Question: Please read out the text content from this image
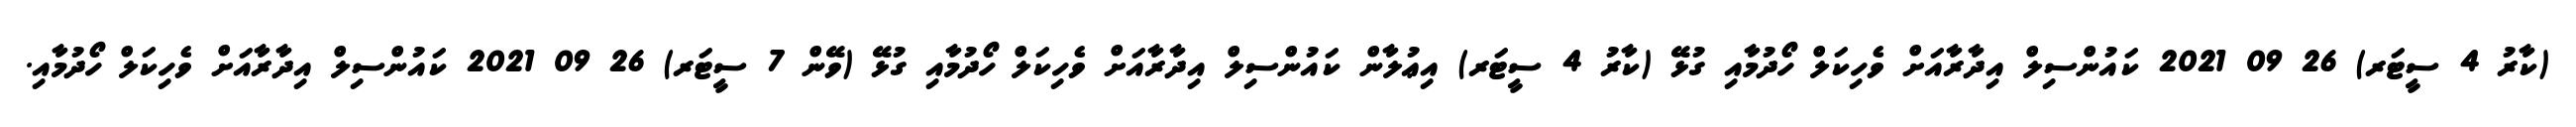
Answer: (ކާރު 4 ސީޓަރ) 26 09 2021 ކައުންސިލް އިދާރާއަށް ވެހިކަލް ހޯދުމާއި ގުޅޭ (ކާރު 4 ސީޓަރ) އިޢުލާން ކައުންސިލް އިދާރާއަށް ވެހިކަލް ހޯދުމާއި ގުޅޭ (ވޭން 7 ސީޓަރ) 26 09 2021 ކައުންސިލް އިދާރާއަށް ވެހިކަލް ހޯދުމާއި.